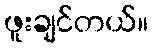
ဖူးချင်တယ်။